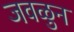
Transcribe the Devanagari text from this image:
जवळुन